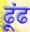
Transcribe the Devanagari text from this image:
ढ़ूंढ